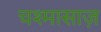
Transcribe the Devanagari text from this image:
चश्मासाज़